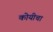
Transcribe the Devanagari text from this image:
कोयीचा